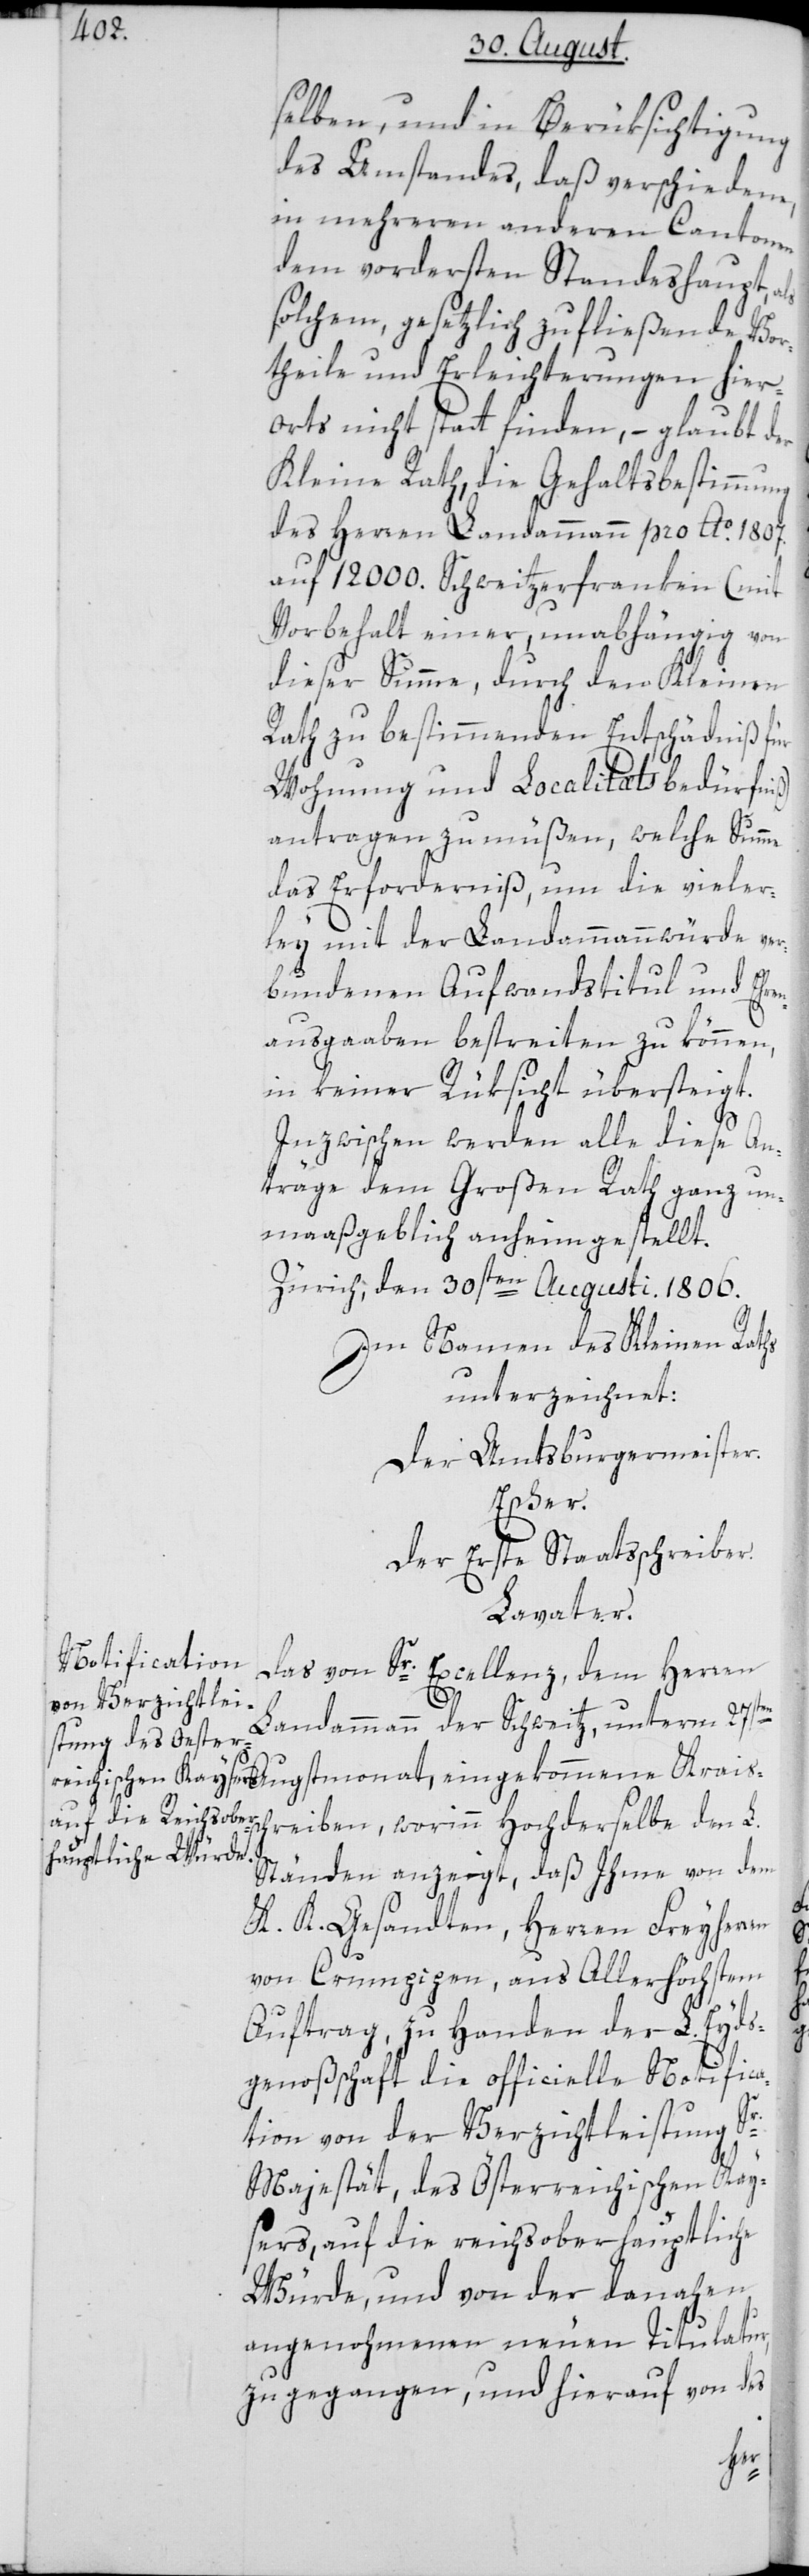
selben, und in Berüksichtigung
des Umstandes, daß verschiedene,
in mehrern anderen Cantonen
dem vordersten Standeshaupt, als
solchem, gesetzlich zufließende Vor¬
theile und Erleichterungen hier¬
orts nicht statt finden, – glaubt der
Kleine Rath, die Gehaltsbestimmung
des Herren Landamman pro Ao. 1807.
auf 12 000. Schweitzerfranken (mit
Vorbehalt einer, unabhängig von
dieser Summe, durch den Kleinen
Rath zu bestimmenden Entschädniß für
Wohnung und Localitætsbedürfniß)
antragen zu müßen, welche Summe
das Erforderniß, um die vieler¬
ley mit der Landammannwürde ver¬
bundenen Aufwandstitul und Ehre¬
nausgaben bestreiten zu können,
in keiner Rüksicht übersteigt.
Inzwischen werden alle diese An¬
träge dem Großen Rath ganz u¬
nmaaßgeblich anheim gestellt.
Zürich, den 30sten Augusti. 1806.
Im Namen des Kleinen Raths
unterzeichnet:
Der Amtsburgermeister.
Escher.
Der Erste Staatsschreiber.
Lavater.
Das von Sr. Excellenz, dem Herren
Landammann der Schweitz, unterm 27sten
hreiben, worinn Hochderselbe den L.
Ständen anzeigt, daß Ihme von dem
K. K. Gesandten, Herren Freyherr¬
en
von Crumpipen, aus Allerhöchstem
Auftrag, zu Handen der L. Eyds¬
genoßschaft die officielle Notifica¬
tion von der Verzichtleistung Sr.
Majestät, des Österreichischen Kay¬
sers, auf die reichsoberhauptliche
Würde, und von der danahen
angenohmenen neuen Titulatur,
zugegangen, und hierauf von des
ssc¬